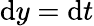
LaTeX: \mathrm{d}y=\mathrm{d}t